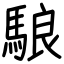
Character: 駺